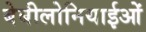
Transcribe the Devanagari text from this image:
बेबीलोनियाईओं